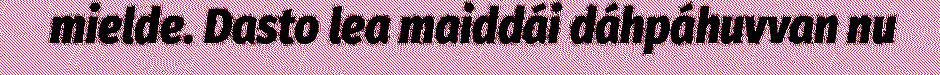
mielde. Dasto lea maiddái dáhpáhuvvan nu